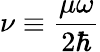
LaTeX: \nu\equiv{\frac{\mu\omega}{2\hbar}}